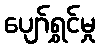
ပျော်ရွှင်မှု